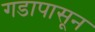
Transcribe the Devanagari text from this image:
गडापासून